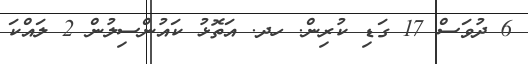
6 ދުވަސް 17 ގަޑި ކުރިން. ހދ. އަތޮޅު ކައުންސިލުން 2 ލައްކަ